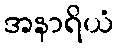
အနာရိယံ